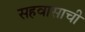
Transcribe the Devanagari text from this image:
सहवासाची